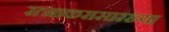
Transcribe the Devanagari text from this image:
रत्नाकरासारख्या